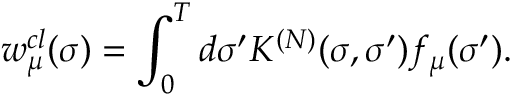
w _ { \mu } ^ { c l } ( \sigma ) = \int _ { 0 } ^ { T } d \sigma ^ { \prime } K ^ { ( N ) } ( \sigma , \sigma ^ { \prime } ) f _ { \mu } ( \sigma ^ { \prime } ) .